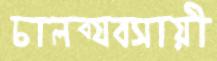
চালব্যবসায়ী